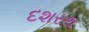
દશરથ